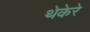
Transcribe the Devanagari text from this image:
थेकेरे